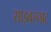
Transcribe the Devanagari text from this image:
साइबरनाट